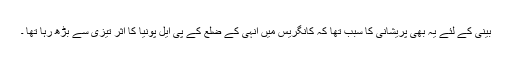
بینی کے لئے یہ بھی پریشانی کا سبب تھا کہ کانگریس میں انہی کے ضلع کے پی ایل پونیا کا اثر تیزی سے بڑھ رہا تھا ۔